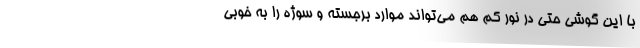
با این گوشی حتی در نور کم هم می‌تواند موارد برجسته و سوژه را به خوبی